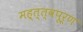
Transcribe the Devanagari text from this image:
मह्त्त्वपूर्ण